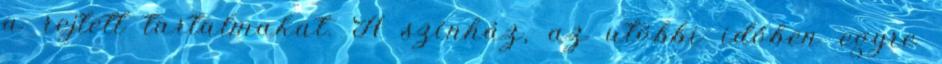
a rejtett tartalmakat. A színház, az utóbbi időben egyre